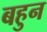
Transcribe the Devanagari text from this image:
बहुन